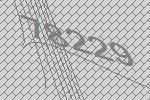
78229